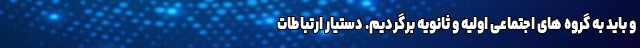
و باید به گروه های اجتماعی اولیه و ثانویه برگردیم. دستیار ارتباطات